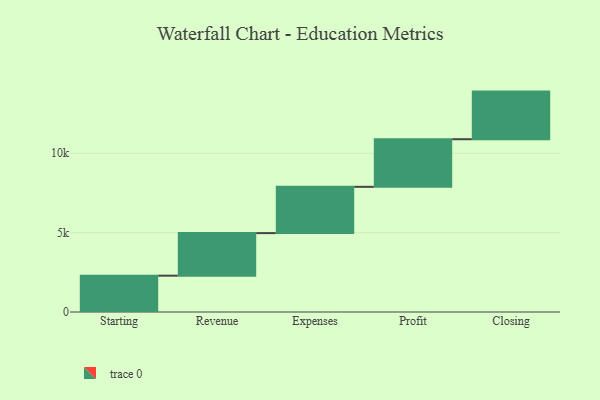
{"axis": {"x": "Step", "y": "Value"}, "legend": [""], "data": [{"x": "Starting", "y": 2288.0, "type": ""}, {"x": "Revenue", "y": 2682.0, "type": ""}, {"x": "Expenses", "y": 2916.0, "type": ""}, {"x": "Profit", "y": 3000, "type": ""}, {"x": "Closing", "y": 3000, "type": ""}]}